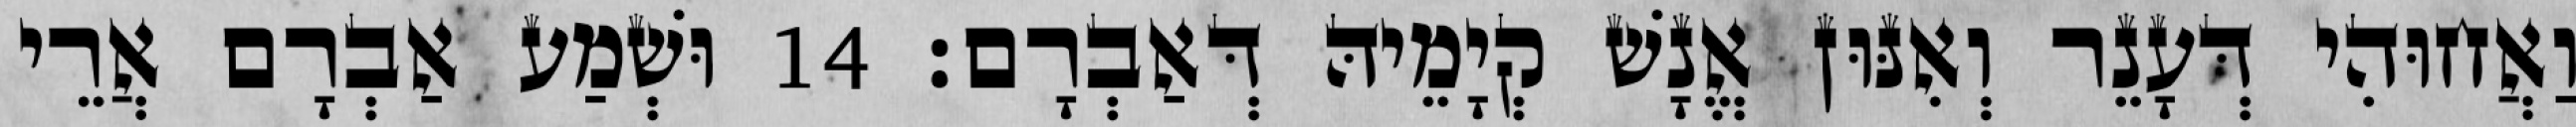
וַאֲחוּהִי דְּעָנֵר וְאִנּוּן אֱנָשׁ קְיָמֵיהּ דְּאַבְרָם׃ 14 וּשְׁמַע אַבְרָם אֲרֵי